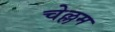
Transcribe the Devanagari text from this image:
चेल्लम